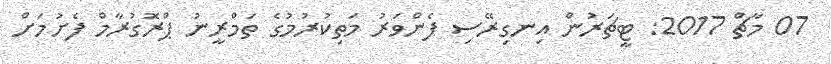
07 މާޗް 2017: ޓީޗަރުން އިނގިރޭސި ފެންވަރު މަތިކުރުމުގެ ތަމްރީނު ޕްރޮގުރާމް ފެށުމަށް